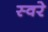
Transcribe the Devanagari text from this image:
स्वरे